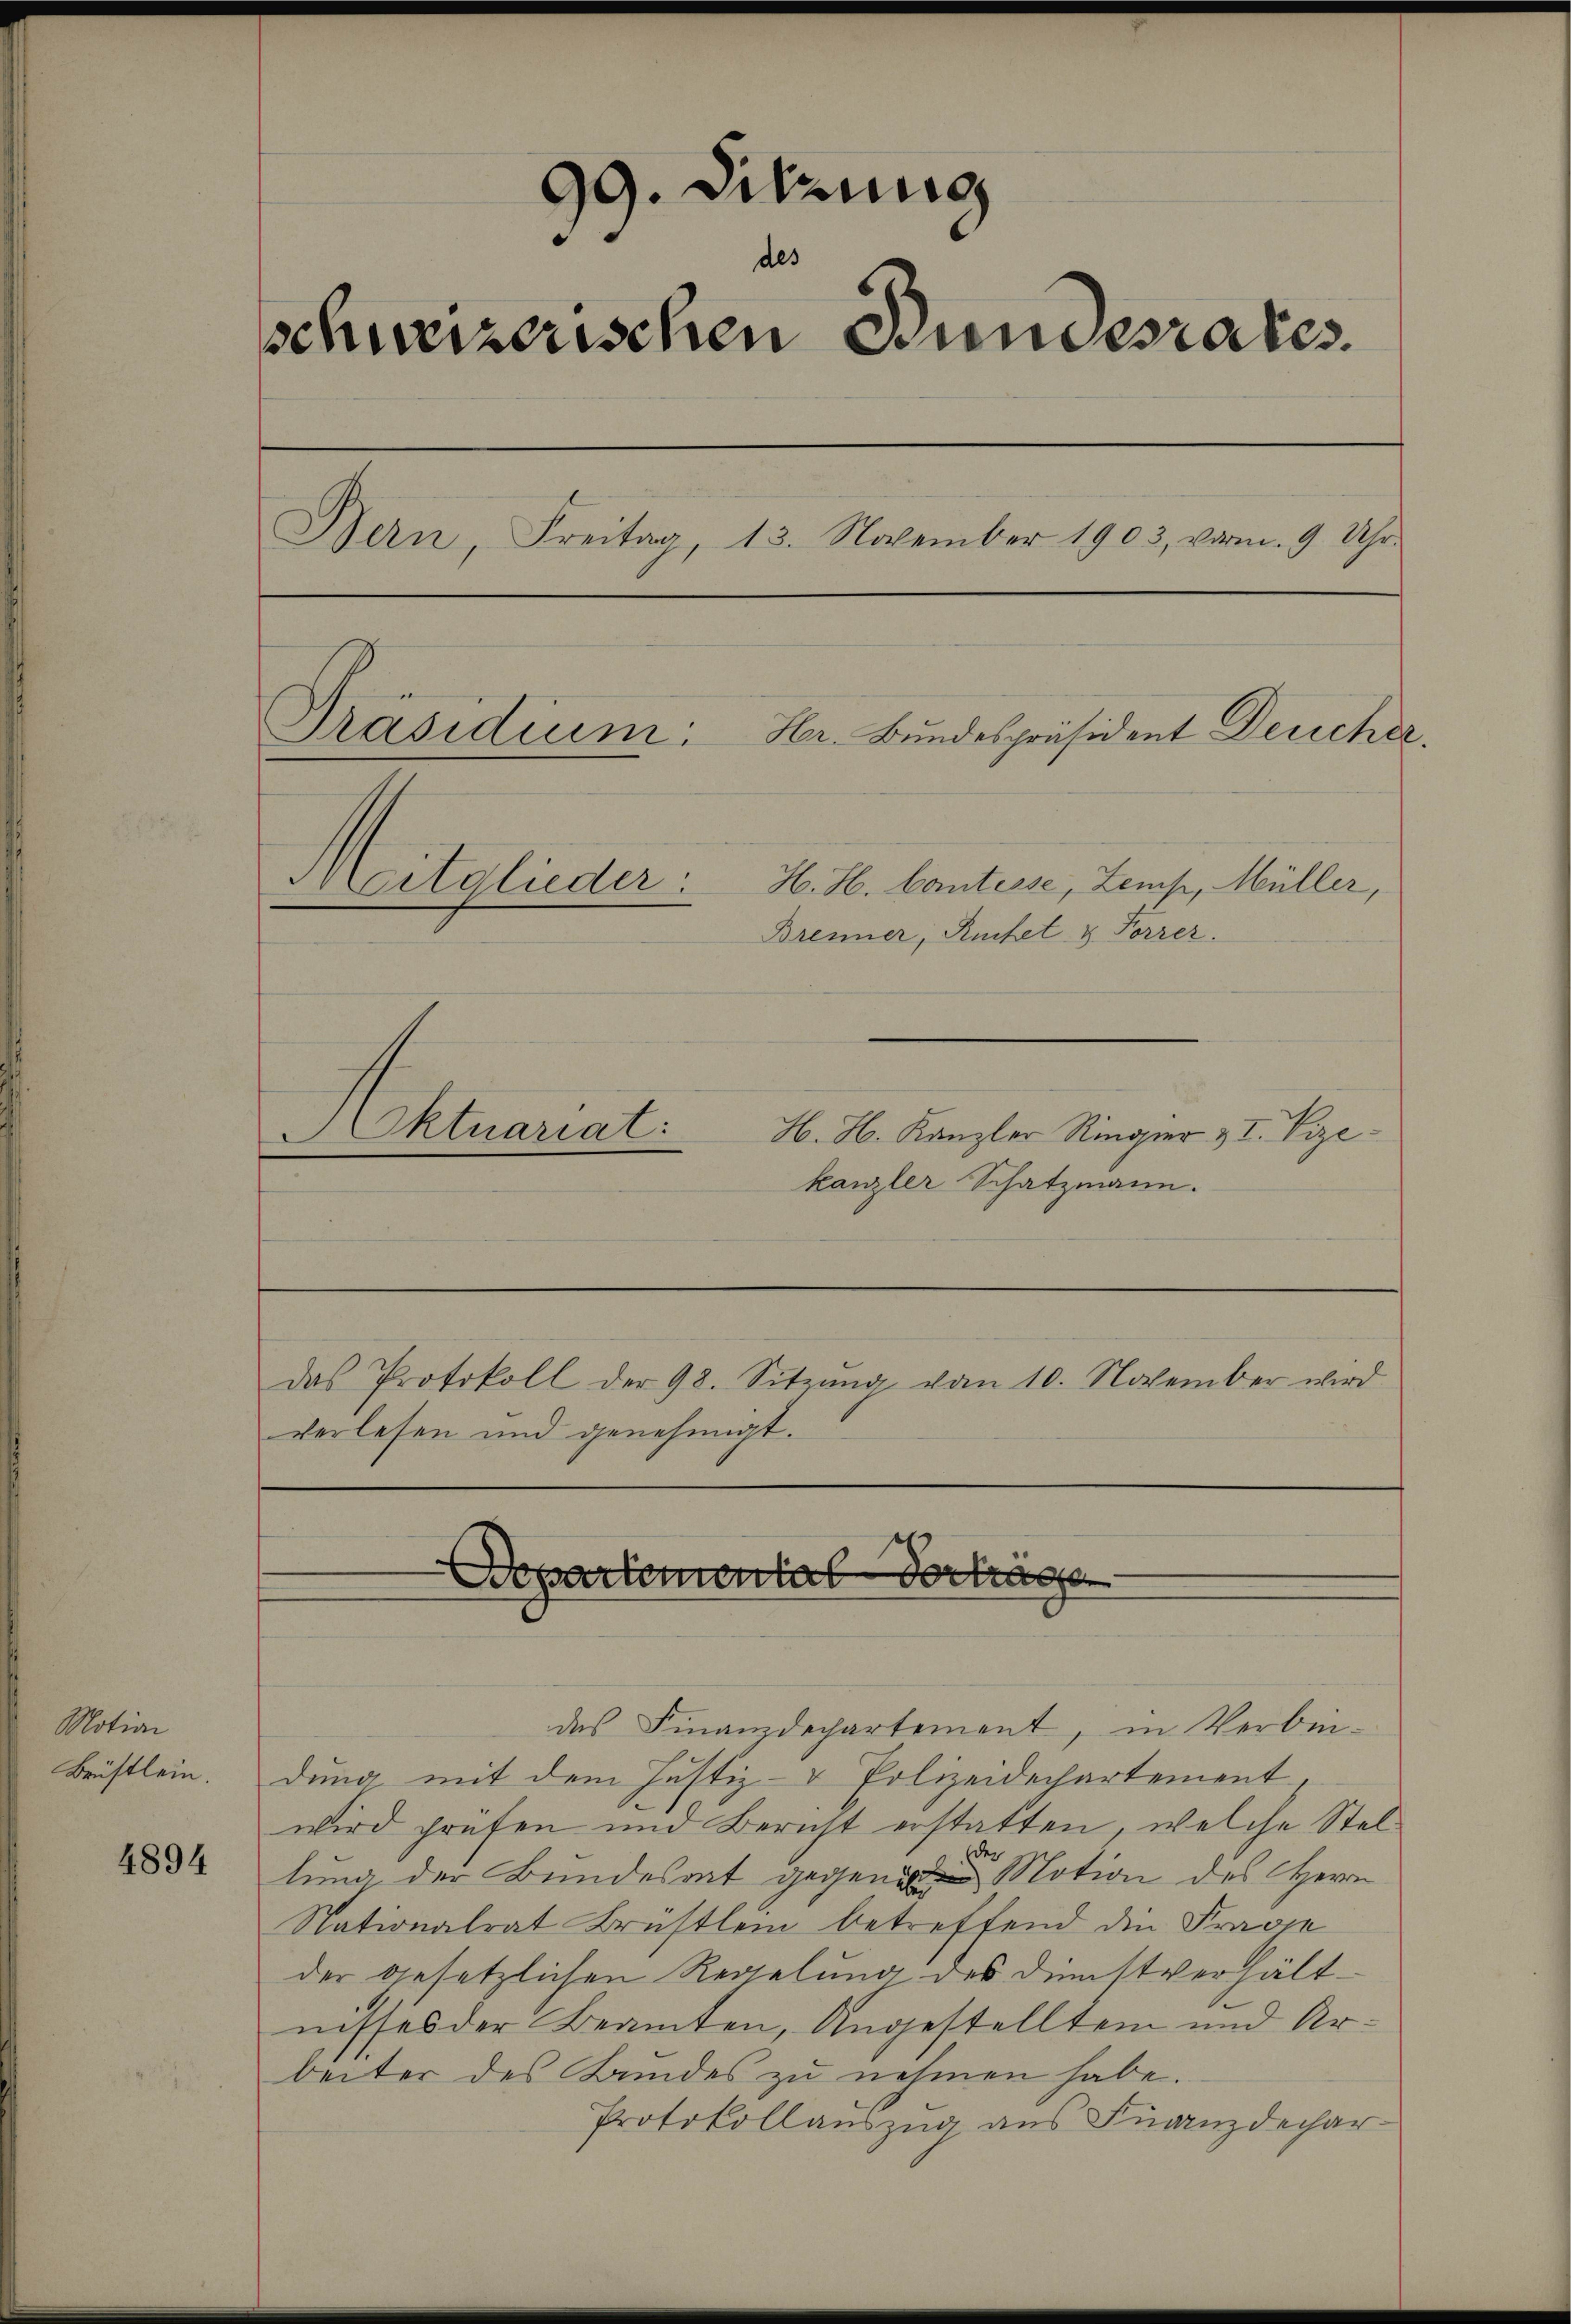
Motion
Brüstlein.

4894

99. Sitzung
des
schweizerischen Bundesrates.
Bern, Freitag, 13. November 1903, vom 9 Uhr.
Präsidium.
Her. Bundespräsident Deucher.
Meitglieder:
H. H. Contisse, Zemp, Müller,
Brenner, Ruchet & Forrer.
Aktuariat
H. H. Kanzler Ringier II. Vize

kanzler Schatzmann.

verlesen und genehmigt.

Das Protokoll der 98. Sitzung vom 10. November wird

Departemental Vorträge

des Finanzdechartement, in Verbin-
dung mit dem Justiz- & Polizeidechartement
wird prüfen und Bericht erstatten, welche Stelder
lung der Bundesrat gegen Motion des Herrn
Nationalrat Brüstlein betreffend die Frage
der gesetzlichen Regelung des Dienstverhältnisses der Beamten, Angestellten und Arbeiter des Bundes zu nehmen habe.
Protokollauszug aus Franzdechar¬